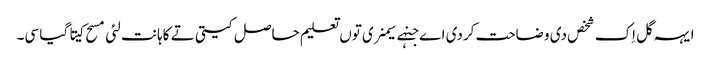
ایہہ گل اِک شخص دی وضاحت کردی اے جنہے سیمنری توں تعلیم حاصل کیتی تے کاہانت لئی مسح کیتا گیا سی۔